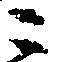
ニ